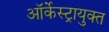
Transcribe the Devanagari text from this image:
ऑर्केस्ट्रायुक्त